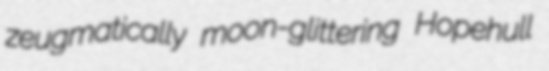
zeugmatically moon-glittering Hopehull